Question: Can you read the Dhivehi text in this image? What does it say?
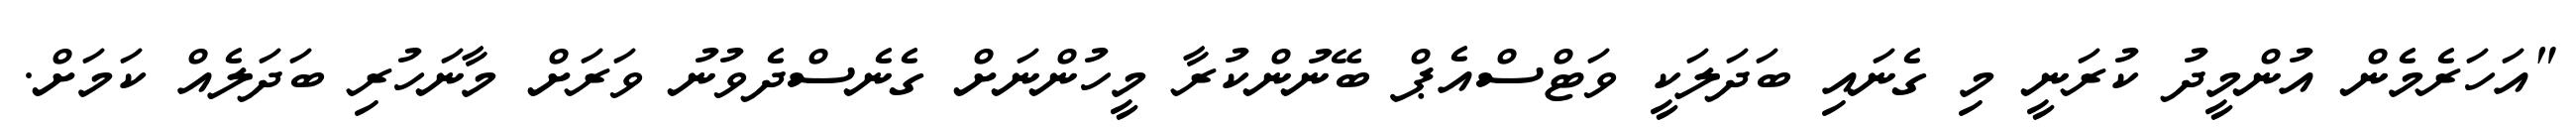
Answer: "އަހަރެމެން އުންމީދު ކުރަނީ މި ގެނައި ބަދަލަކީ ވަޓްސްއެޕް ބޭނުންކުރާ މީހުންނަށް ގެނެސްދެވުނު ވަރަށް މާނަހުރި ބަދަލެއް ކަމަށް.